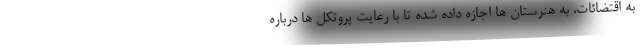
به اقتضائات، به هنرستان ها اجازه داده شده تا با رعایت پروتکل ها درباره